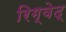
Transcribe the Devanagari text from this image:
रिग्वेद्